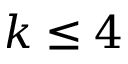
k \le 4